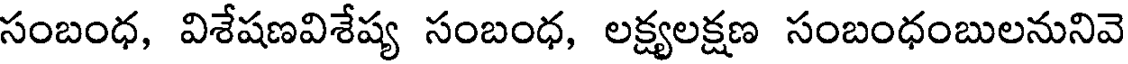
సంబంధ, విశేషణవిశేష్య సంబంధ, లక్ష్యలక్షణ సంబంధంబులనునివె